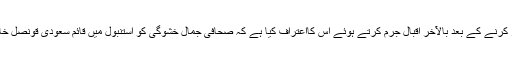
سعودی عرب نے دوہفتے تک لاعلمی کا اظہار کرنے کے بعد بالآخر اقبال جرم کرتے ہوئے اس کااعتراف کیا ہے کہ صحافی جمال خشوگی کو استنبول میں قائم سعودی قونصل خانے کے اندر جھگڑے کے دوران قتل کردیاگیا۔